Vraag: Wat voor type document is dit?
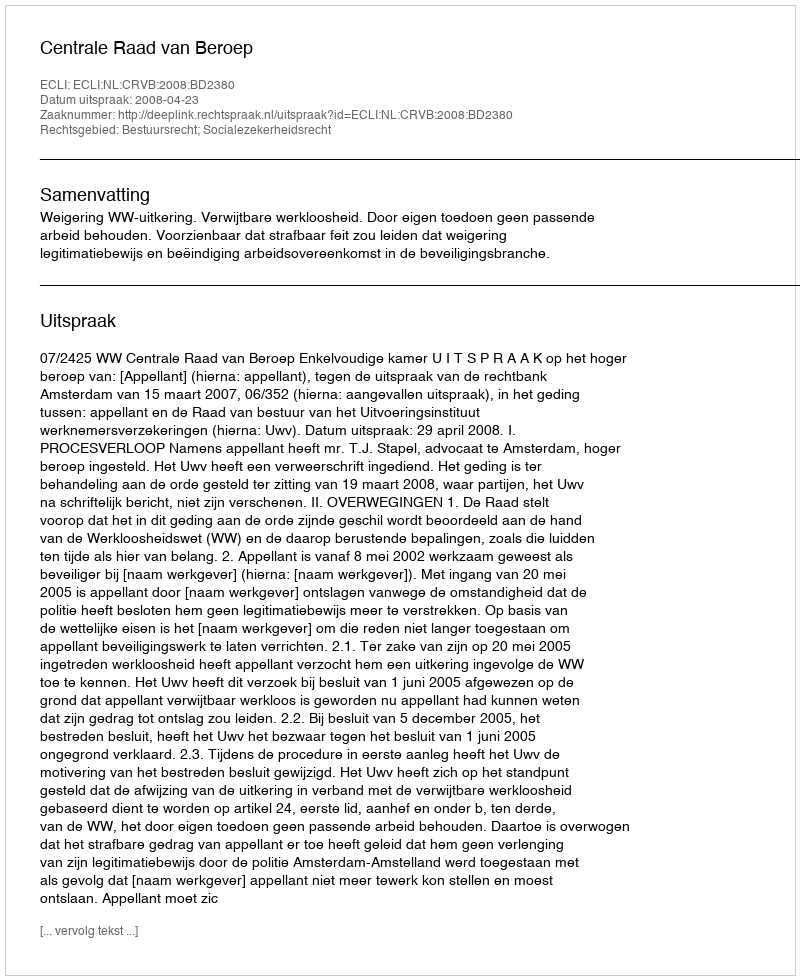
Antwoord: Uitspraak